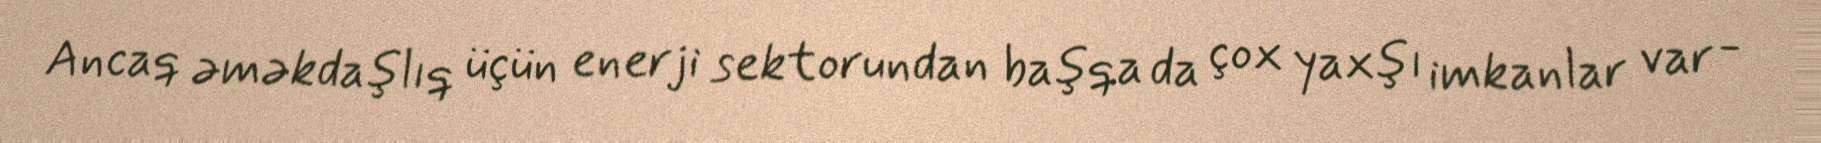
Ancaq əməkdaşlıq üçün enerji sektorundan başqa da çox yaxşı imkanlar var -